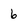
Character: 6